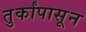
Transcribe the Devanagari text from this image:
तुर्कांपासून